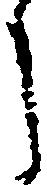
う